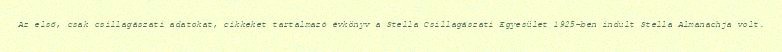
Az első, csak csillagászati adatokat, cikkeket tartalmazó évkönyv a Stella Csillagászati Egyesület 1925-ben indult Stella Almanachja volt.